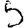
Digit: 5